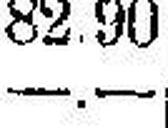
—.—